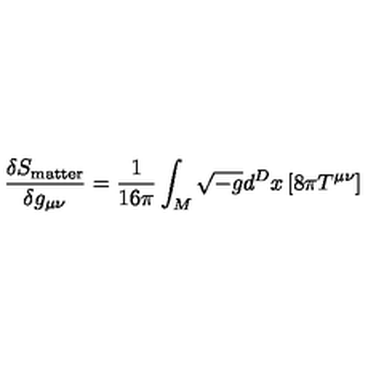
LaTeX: \frac { \delta S _ { \mathrm { m a t t e r } } } { \delta g _ { \mu \nu } } = \frac { 1 } { 1 6 \pi } \int _ { M } \sqrt { - g } d ^ { D } x \left[ 8 \pi T ^ { \mu \nu } \right]